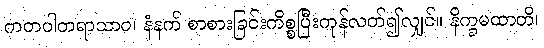
ကတပါတရာသာဝ၊ နံနက် စာစားခြင်းကိစ္စပြီးကုန်လတ်၍လျှင်။ နိက္ခမထာတိ၊